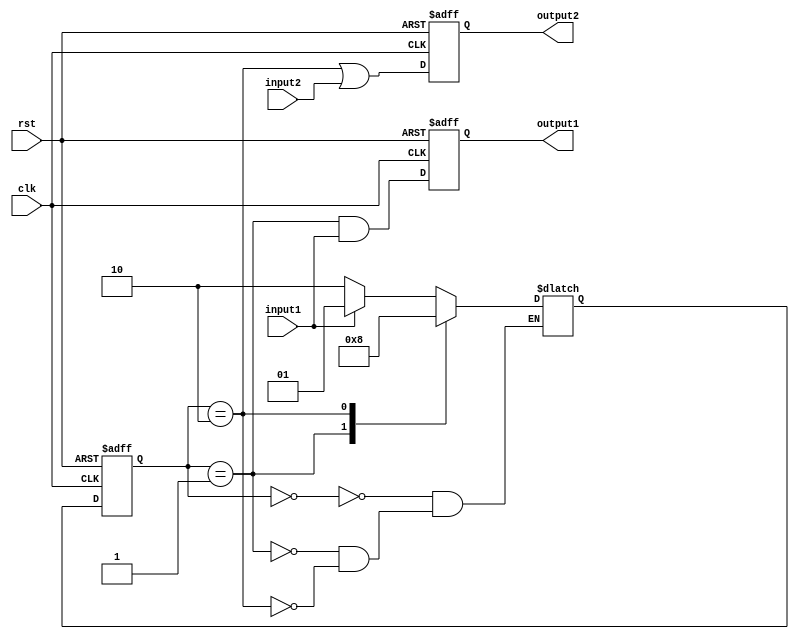
module MealyStateMachine (
    input input1,
    input input2,
    output output1,
    output output2,
    input clk,
    input rst
);

// Define state register
reg [1:0] state_reg, next_state_reg;

// Define output register
reg output_reg1, output_reg2;

// State parameters
parameter state0 = 2'b00;
parameter state1 = 2'b01;
parameter state2 = 2'b10;

// State transition and output logic
always @(posedge clk or posedge rst) begin
    if (rst) begin
        state_reg <= state0;
        output_reg1 <= 1'b0;
        output_reg2 <= 1'b0;
    end else begin
        state_reg <= next_state_reg;
        output_reg1 <= (state_reg == state1) & input1;
        output_reg2 <= (state_reg == state2) | input2;
    end
end

// Output logic
assign output1 = output_reg1;
assign output2 = output_reg2;

// Next state logic
always @* begin
    case(state_reg)
        state0: begin
            if(input1) begin
                next_state_reg = state1;
            end else begin
                next_state_reg = state2;
            end
        end
        state1: begin
            next_state_reg = state2;
        end
        state2: begin
            next_state_reg = state0;
        end
    endcase
end

endmodule